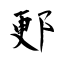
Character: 郠